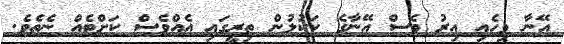
އޭނާ ވިހެއި އިރު ވެސް އޭނާގެ ކަކުލުން ތިރީގައި އެއްވެސް ކަށްޓެއް ނެތެވެ.